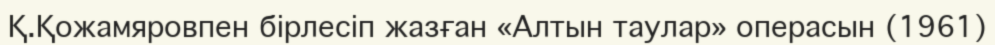
Қ.Қожамяровпен бірлесіп жазған «Алтын таулар» операсын (1961)